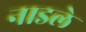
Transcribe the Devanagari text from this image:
नाडले